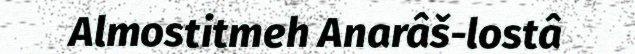
Almostitmeh Anarâš-lostâ